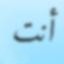
أنت